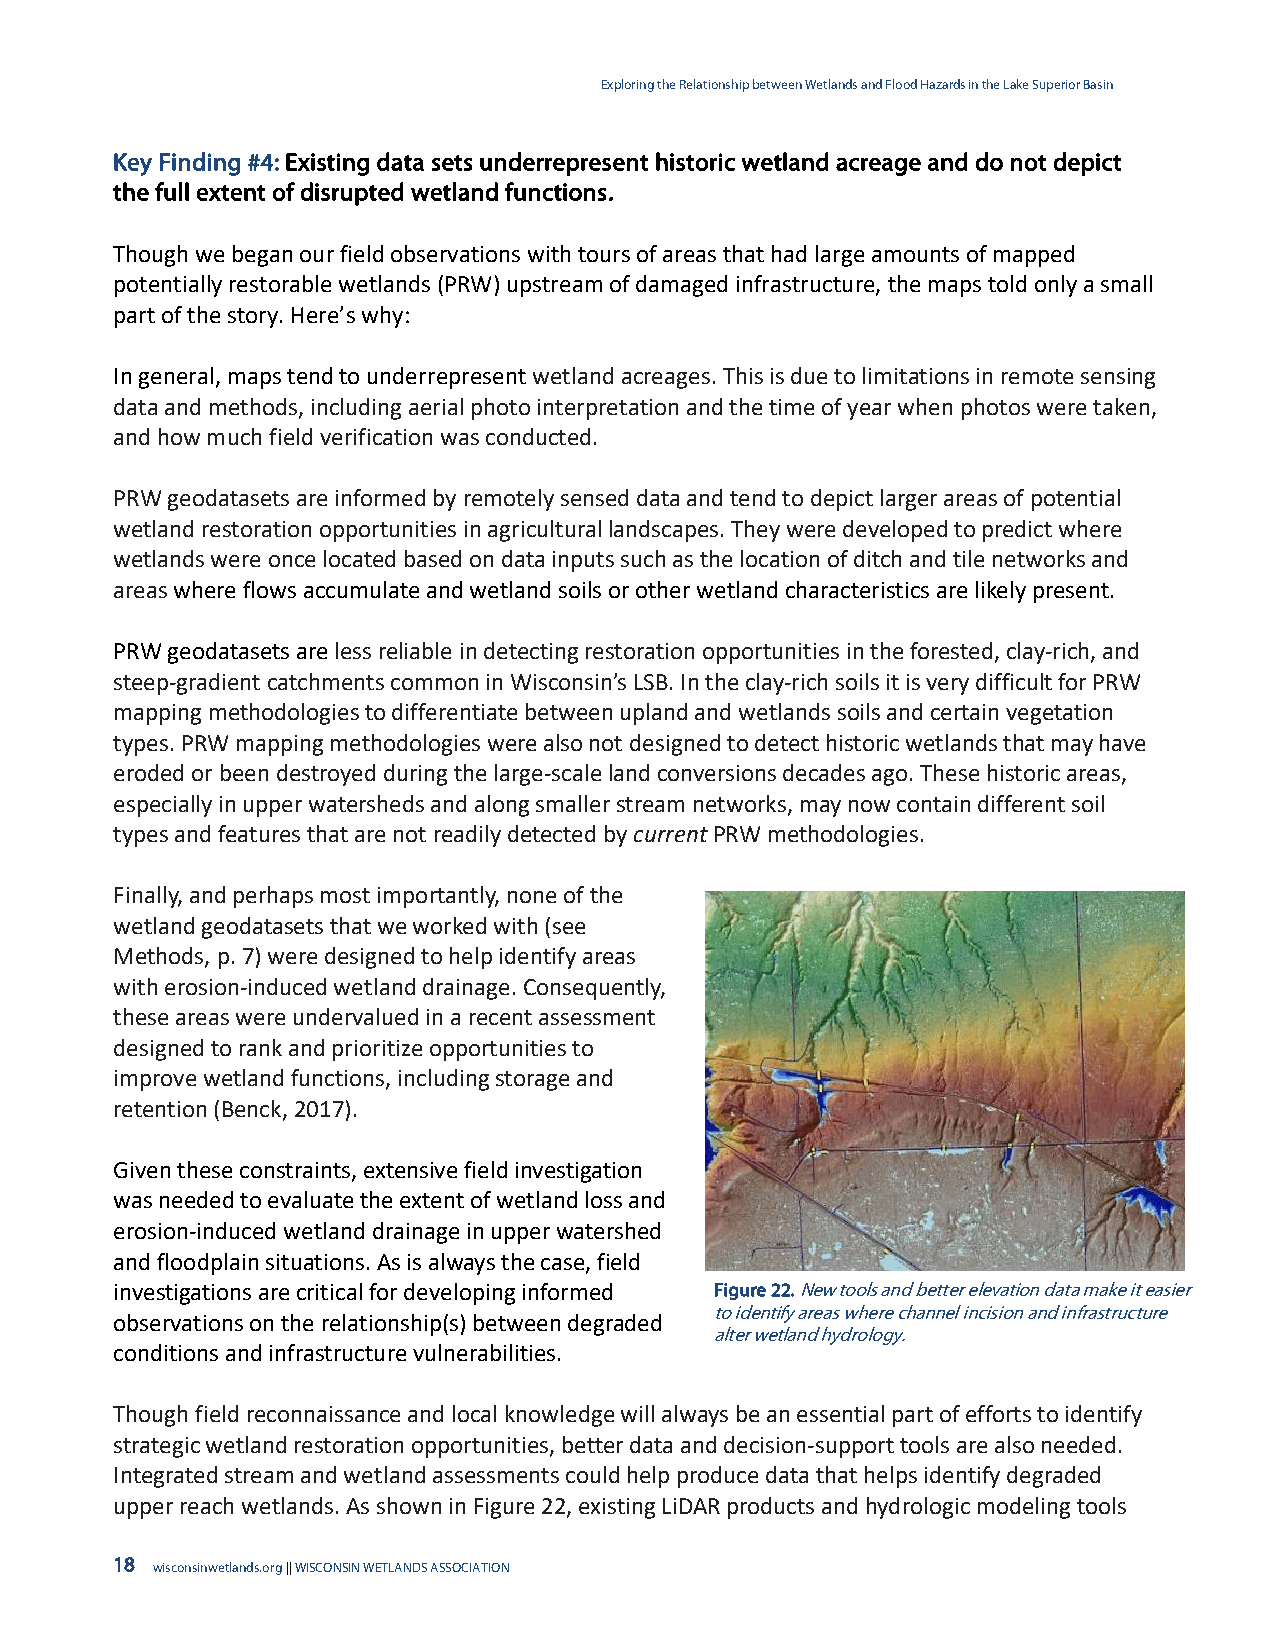
Exploring the Relationship between Wetlands and Flood Hazards in the Lake Superior Basin
 Key Finding #4: Existing data sets underrepresent historic wetland acreage and do not depict
 the full extent of disrupted wetland functions.
 Though we began our field observations with tours of areas that had large amounts of mapped
 potentially restorable wetlands (PRW) upstream of damaged infrastructure, the maps told only a small
 part of the story. Here’s why:
 In general, maps tend to underrepresent wetland acreages. This is due to limitations in remote sensing
 data and methods, including aerial photo interpretation and the time of year when photos were taken,
 and how much field verification was conducted.
 PRW geodatasets are informed by remotely sensed data and tend to depict larger areas of potential
 wetland restoration opportunities in agricultural landscapes. They were developed to predict where
 wetlands were once located based on data inputs such as the location of ditch and tile networks and
 areas where flows accumulate and wetland soils or other wetland characteristics are likely present.
 PRW geodatasets are less reliable in detecting restoration opportunities in the forested, clay-rich, and
 steep-gradient catchments common in Wisconsin’s LSB. In the clay-rich soils it is very difficult for PRW
 mapping methodologies to differentiate between upland and wetlands soils and certain vegetation
 types. PRW mapping methodologies were also not designed to detect historic wetlands that may have
 eroded or been destroyed during the large-scale land conversions decades ago. These historic areas,
 especially in upper watersheds and along smaller stream networks, may now contain different soil
 types and features that are not readily detected by current PRW methodologies.
 Finally, and perhaps most importantly, none of the
 wetland geodatasets that we worked with (see
 Methods, p. 7) were designed to help identify areas
 with erosion-induced wetland drainage. Consequently,
 these areas were undervalued in a recent assessment
 designed to rank and prioritize opportunities to
 improve wetland functions, including storage and
 retention (Benck, 2017).
 Given these constraints, extensive field investigation
 was needed to evaluate the extent of wetland loss and
 erosion-induced wetland drainage in upper watershed
 and floodplain situations. As is always the case, field
 investigations are critical for developing informed Figure 22. New tools and better elevation data make it easier
 to identify areas where channel incision and infrastructure
 observations on the relationship(s) between degraded
 alter wetland hydrology.
 conditions and infrastructure vulnerabilities.
 Though field reconnaissance and local knowledge will always be an essential part of efforts to identify
 strategic wetland restoration opportunities, better data and decision-support tools are also needed.
 Integrated stream and wetland assessments could help produce data that helps identify degraded
 upper reach wetlands. As shown in Figure 22, existing LiDAR products and hydrologic modeling tools
 18 wisconsinwetlands.org || WISCONSIN WETLANDS ASSOCIATION